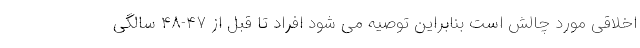
اخلاقی مورد چالش است بنابراین توصیه می شود افراد تا قبل از ۴۷-۴۸ سالگی